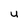
Character: u